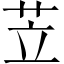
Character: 苙